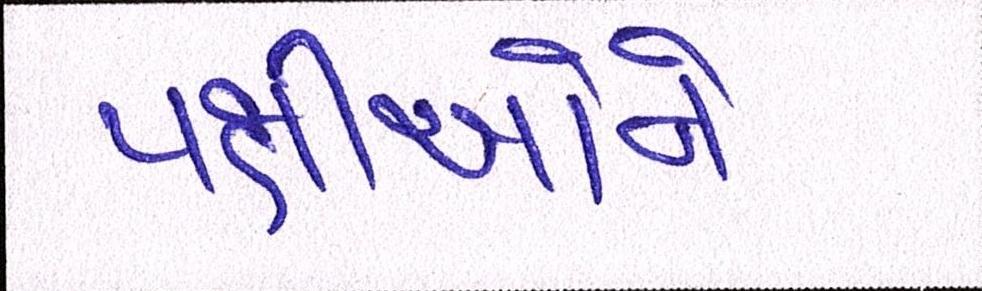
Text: પક્ષીઓને